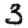
Digit: 3